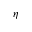
\eta